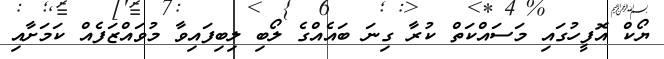
ޔޯކް އޮފީހުގައި މަސައްކަތް ކުރާ ގިނަ ބައެއްގެ ލޯބި ލިބިފައިވާ މުވައްޒަފެއް ކަމަށާއި